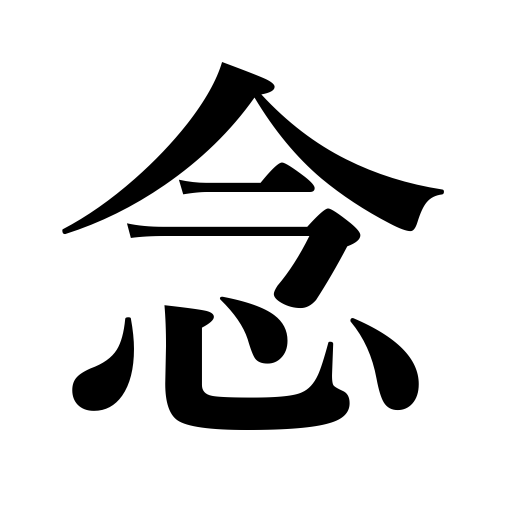
Meanings: thought,idea,feeling,attention,care,concern,sense,desire